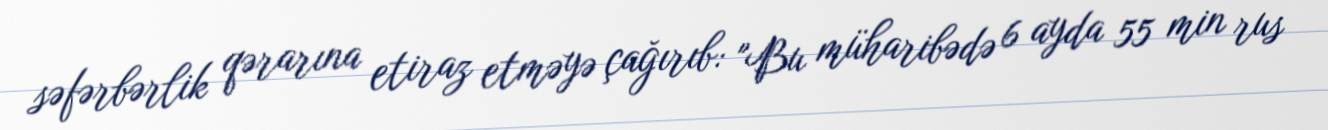
səfərbərlik qərarına etiraz etməyə çağırıb: "Bu müharibədə 6 ayda 55 min rus